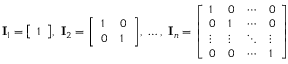
\mathbf { I } _ { 1 } = { \left[ \begin{array} { l } { 1 } \end{array} \right] } , \ \mathbf { I } _ { 2 } = { \left[ \begin{array} { l l } { 1 } & { 0 } \\ { 0 } & { 1 } \end{array} \right] } , \ \ldots , \ \mathbf { I } _ { n } = { \left[ \begin{array} { l l l l } { 1 } & { 0 } & { \cdots } & { 0 } \\ { 0 } & { 1 } & { \cdots } & { 0 } \\ { \vdots } & { \vdots } & { \ddots } & { \vdots } \\ { 0 } & { 0 } & { \cdots } & { 1 } \end{array} \right] }